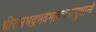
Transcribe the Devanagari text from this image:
श्रीरामभद्रभवभावनभानुभानो